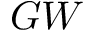
G W